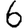
Digit: 6